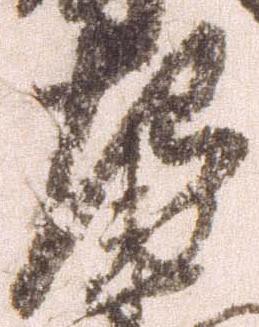
左